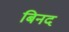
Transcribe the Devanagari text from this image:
बिनद